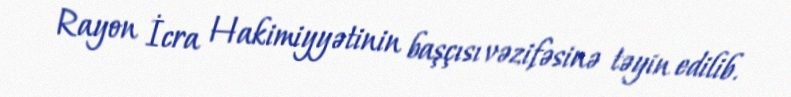
Rayon İcra Hakimiyyətinin başçısı vəzifəsinə təyin edilib.